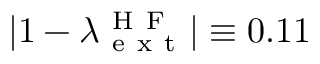
| 1 - \lambda _ { \mathrm { ~ e ~ x ~ t ~ } } ^ { \mathrm { ~ H ~ F ~ } } | \equiv 0 . 1 1